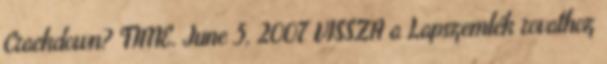
Crackdown? TIME. June 5, 2007 VISSZA a Lapszemlék rovathoz